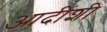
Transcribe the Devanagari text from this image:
आदींशी